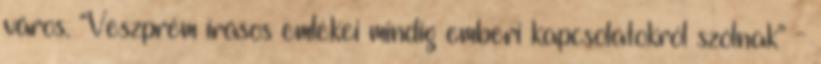
város. “Veszprém írásos emlékei mindig emberi kapcsolatokról szólnak” -